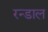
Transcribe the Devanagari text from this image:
रन्डाल